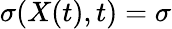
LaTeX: \sigma(X(t),t)=\sigma